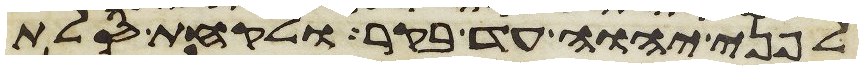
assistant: לפני יהוה עד בקר ולקחת סלת